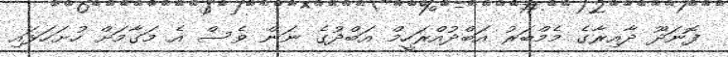
ފޮނަދޫ ދާއިރާގެ މެމްބަރު އަބްދުއްރަހީމް އަބްދުގެ ނަން ވެސް އެ މަގާމަށް ހުށަހަޅައި